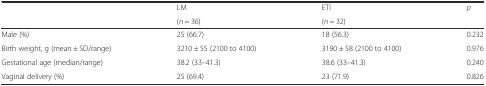
<table><thead><tr><td rowspan="2"></td><td><b>LM</b></td><td><b>ETI</b></td><td rowspan="2"><b><i>p</i></b></td></tr><tr><td><b>(<i>n</i> = 36)</b></td><td><b>(<i>n</i> = 32)</b></td></tr></thead><tbody><tr><td>Male (%)</td><td>25 (66.7)</td><td>18 (56.3)</td><td>0.232</td></tr><tr><td>Birth weight, g (mean ± SD/range)</td><td>3210 ± 55 (2100 to 4100)</td><td>3190 ± 58 (2100 to 4100)</td><td>0.976</td></tr><tr><td>Gestational age (median/range)</td><td>38.2 (33–41.3)</td><td>38.6 (33–41.3)</td><td>0.240</td></tr><tr><td>Vaginal delivery (%)</td><td>25 (69.4)</td><td>23 (71.9)</td><td>0.826</td></tr></tbody></table>